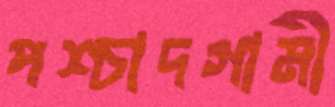
পশ্চাদগামী